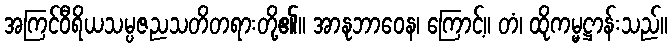
အကြင်ဝီရိယသမ္ပဇညသတိတရားတို့၏။ အာနုဘာဝေန၊ ကြောင့်။ တံ၊ ထိုကမ္မဋ္ဌာန်းသည်။